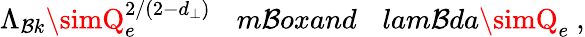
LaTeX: \Lambda_{\mathcal{B}k}\simQ_{e}^{2/(2-d_{\perp})}\ \ \ \, m\mathcal{B}ox{and}\ \ \ \, lam\mathcal{B}da\simQ_{e}\ ,